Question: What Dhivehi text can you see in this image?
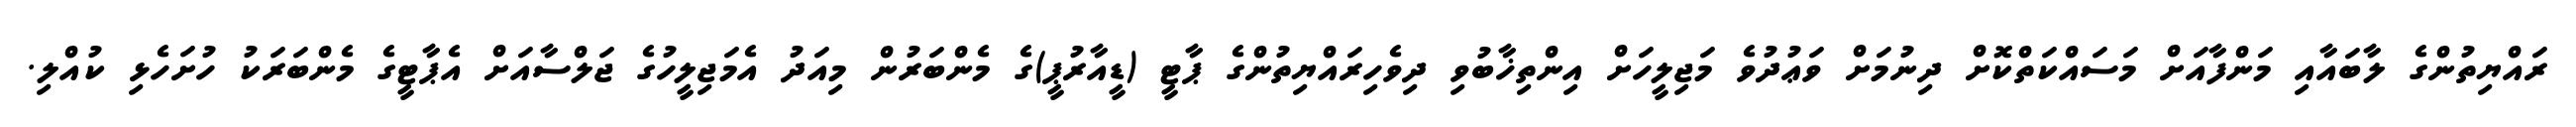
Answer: ރައްޔިތުންގެ ލާބައާއި މަންފާއަށް މަސައްކަތްކޮށް ދިނުމަށް ވަޢުދުވެ މަޖިލީހަށް އިންތިޚާބުވި ދިވެހިރައްޔިތުންގެ ޕާޓީ (ޑީއާރުޕީ)ގެ މެންބަރުން މިއަދު އެމަޖިލީހުގެ ޖަލްސާއަށް އެޕާޓީގެ މެންބަރަކު ހުށަހެޅި ކުއްލި.